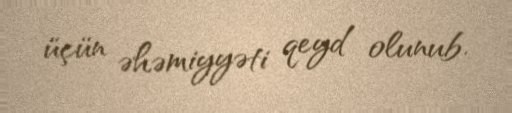
üçün əhəmiyyəti qeyd olunub.